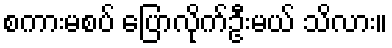
စကားမစပ် ပြောလိုက်ဦးမယ် သိလား။